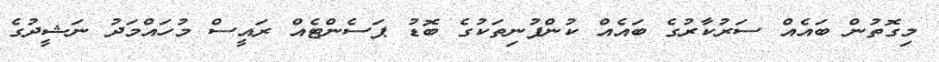
މިގޮތުން ބައެއް ސަރުކާރުގެ ބައެއް ކުންފުނިތަކުގެ ބޮޑު ޕަސެންޓެއް ރައީސް މުހައްމަދު ނަޝީދުގެ